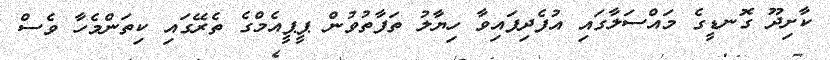
ކާށިދޫ ގޮނޑީގެ މައްސަލާގައި އުފެދިފައިވާ ހިޔާލު ތަފާތުވުން ޕީޕީއެމްގެ ތެރޭގައި ކިތަންމެހާ ވެސް